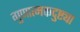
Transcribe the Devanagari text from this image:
गुणात्मकदुष्ट्या